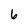
Character: 6